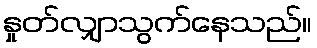
နှုတ်လျှာသွက်နေသည်။